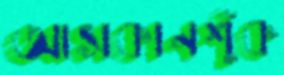
আসকানশুঁক